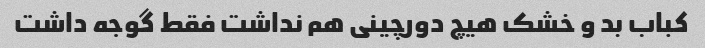
کباب بد و خشک هیچ دورچینی هم نداشت فقط گوجه داشت